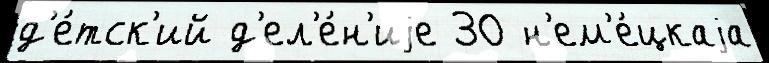
д'е́тск'ий д'ел'е́н'иjе 30 н'ем'е́цкаjа